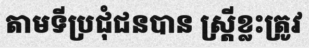
តាមទីប្រជុំជនបាន ស្ត្រីខ្លះត្រូវ